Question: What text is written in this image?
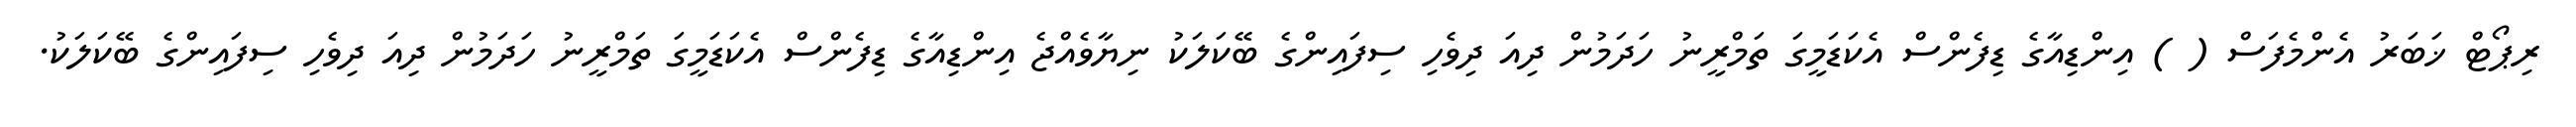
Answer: ރިޕޯޓް ޚަބަރު އެންމެފަސް ( ) އިންޑިއާގެ ޑިފެންސް އެކަޑަމީގަ ތަމްރީނު ހަދަމުން ދިއަ ދިވެހި ސިފައިންގެ ބޭކަލަކު ނިޔާވެއްޖެ އިންޑިއާގެ ޑިފެންސް އެކަޑަމީގަ ތަމްރީނު ހަދަމުން ދިއަ ދިވެހި ސިފައިންގެ ބޭކަލަކު.